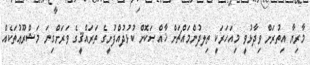
މާރިޔާ އިތުރަށް ވިދާޅުވީ މިއަހަރަކީ ތިލދުންމައްޗަށް ޚާއްޞަކޮށް ކުޅުދުއްފުށީގެ ތަރައްޤީގެ ވަރަށްގިނަ މަޝްރޫޢުތަކެއް